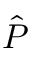
\hat { P }